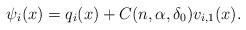
LaTeX: \begin{align*}\psi_i(x) = q_i(x) + C(n, \alpha, \delta_0)v_{i, 1}(x).\end{align*}